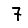
Digit: 7